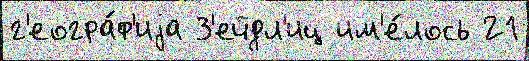
г'еогра́ф'иjа З'ейдл'иц им'е́лось 21